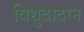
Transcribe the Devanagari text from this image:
विद्युदादान